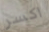
اكسر